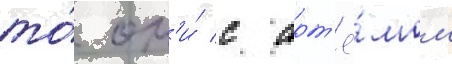
то́ он'и́ с арт'ё́мом